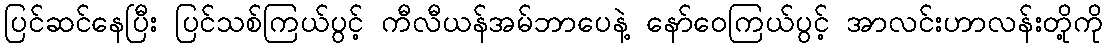
ပြင်ဆင်နေပြီး ပြင်သစ်ကြယ်ပွင့် ကီလီယန်အမ်ဘာပေနဲ့ နော်ဝေကြယ်ပွင့် အာလင်းဟာလန်းတို့ကို